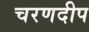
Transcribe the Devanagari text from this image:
चरणदीप